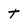
Character: t